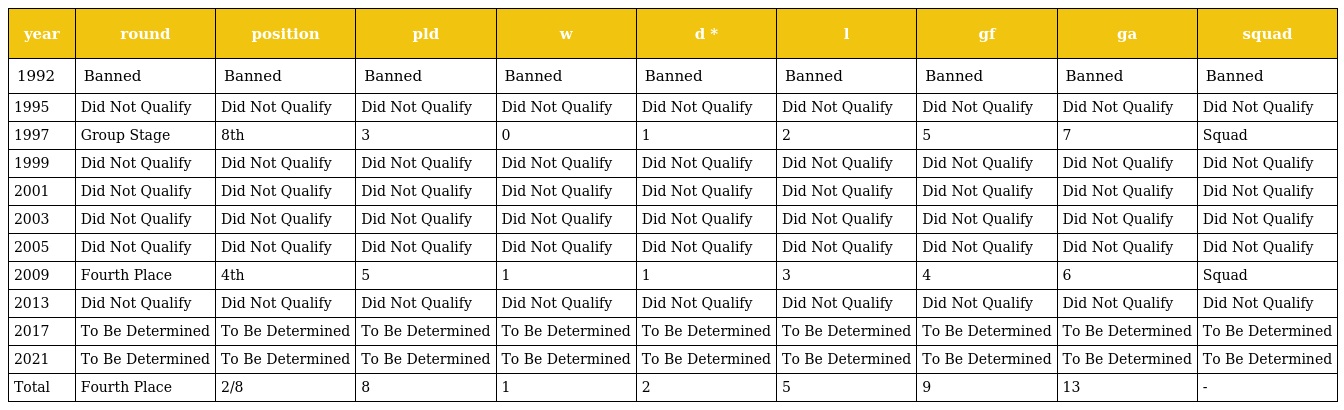
| year | round | position | pld | w | d * | l | gf | ga | squad |
 | --- | --- | --- | --- | --- | --- | --- | --- | --- | --- |
 | 1992 | Banned | Banned | Banned | Banned | Banned | Banned | Banned | Banned | Banned |
 | 1995 | Did Not Qualify | Did Not Qualify | Did Not Qualify | Did Not Qualify | Did Not Qualify | Did Not Qualify | Did Not Qualify | Did Not Qualify | Did Not Qualify |
 | 1997 | Group Stage | 8th | 3 | 0 | 1 | 2 | 5 | 7 | Squad |
 | 1999 | Did Not Qualify | Did Not Qualify | Did Not Qualify | Did Not Qualify | Did Not Qualify | Did Not Qualify | Did Not Qualify | Did Not Qualify | Did Not Qualify |
 | 2001 | Did Not Qualify | Did Not Qualify | Did Not Qualify | Did Not Qualify | Did Not Qualify | Did Not Qualify | Did Not Qualify | Did Not Qualify | Did Not Qualify |
 | 2003 | Did Not Qualify | Did Not Qualify | Did Not Qualify | Did Not Qualify | Did Not Qualify | Did Not Qualify | Did Not Qualify | Did Not Qualify | Did Not Qualify |
 | 2005 | Did Not Qualify | Did Not Qualify | Did Not Qualify | Did Not Qualify | Did Not Qualify | Did Not Qualify | Did Not Qualify | Did Not Qualify | Did Not Qualify |
 | 2009 | Fourth Place | 4th | 5 | 1 | 1 | 3 | 4 | 6 | Squad |
 | 2013 | Did Not Qualify | Did Not Qualify | Did Not Qualify | Did Not Qualify | Did Not Qualify | Did Not Qualify | Did Not Qualify | Did Not Qualify | Did Not Qualify |
 | 2017 | To Be Determined | To Be Determined | To Be Determined | To Be Determined | To Be Determined | To Be Determined | To Be Determined | To Be Determined | To Be Determined |
 | 2021 | To Be Determined | To Be Determined | To Be Determined | To Be Determined | To Be Determined | To Be Determined | To Be Determined | To Be Determined | To Be Determined |
 | Total | Fourth Place | 2/8 | 8 | 1 | 2 | 5 | 9 | 13 | - |